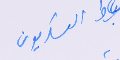
العسكريون